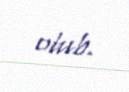
olub.